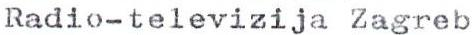
Radio-televizija Zagreb